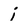
Character: i